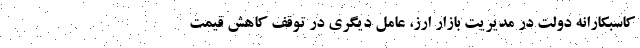
کاسبکارانه دولت در مدیریت بازار ارز، عامل دیگری در توقف کاهش قیمت